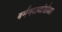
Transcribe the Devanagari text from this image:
बर्मनदादांसोबत